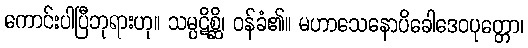
ကောင်းပါပြီဘုရားဟု။ သမ္ပဋိစ္ဆိ၊ ဝန်ခံ၏။ မဟာသေနောပိခေါဒေဝပုတ္တော၊